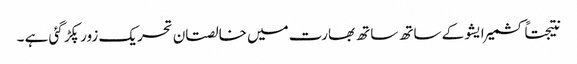
نتیجتاً کشمیر ایشو کے ساتھ ساتھ بھارت میں خالصتان تحریک زور پکڑ گئی ہے ۔